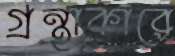
গ্রন্থাকারে